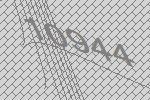
10944